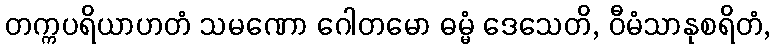
တက္ကပရိယာဟတံ သမဏော ဂေါတမော ဓမ္မံ ဒေသေတိ, ဝီမံသာနုစရိတံ,